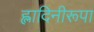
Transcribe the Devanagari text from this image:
ह्लादिनीरूपा